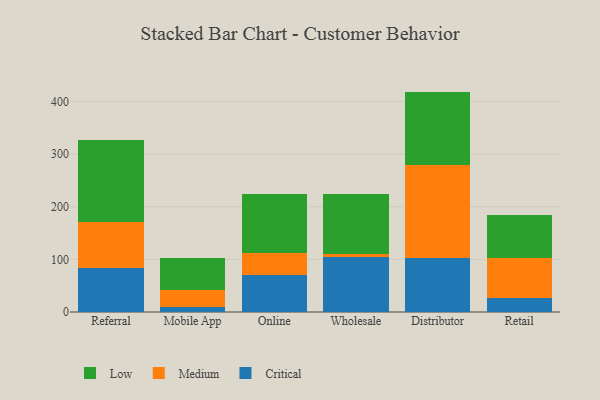
{"axis": {"x": "Channel", "y": "Inventory Turnover"}, "legend": ["Critical", "Low", "Medium"], "data": [{"x": "Referral", "y": 83.1, "type": "Critical"}, {"x": "Referral", "y": 88.4, "type": "Medium"}, {"x": "Referral", "y": 155.6, "type": "Low"}, {"x": "Mobile App", "y": 9.6, "type": "Critical"}, {"x": "Mobile App", "y": 31.6, "type": "Medium"}, {"x": "Mobile App", "y": 61.8, "type": "Low"}, {"x": "Online", "y": 70.6, "type": "Critical"}, {"x": "Online", "y": 41.9, "type": "Medium"}, {"x": "Online", "y": 112.6, "type": "Low"}, {"x": "Wholesale", "y": 105.0, "type": "Critical"}, {"x": "Wholesale", "y": 5.3, "type": "Medium"}, {"x": "Wholesale", "y": 113.6, "type": "Low"}, {"x": "Distributor", "y": 102.4, "type": "Critical"}, {"x": "Distributor", "y": 176.3, "type": "Medium"}, {"x": "Distributor", "y": 140.0, "type": "Low"}, {"x": "Retail", "y": 25.8, "type": "Critical"}, {"x": "Retail", "y": 77.3, "type": "Medium"}, {"x": "Retail", "y": 80.9, "type": "Low"}]}